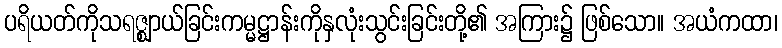
ပရိယတ်ကိုသရဇ္ဈာယ်ခြင်းကမ္မဋ္ဌာန်းကိုနှလုံးသွင်းခြင်းတို့၏ အကြား၌ ဖြစ်သော။ အယံကထာ၊